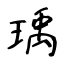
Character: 瑀